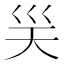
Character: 𭗽